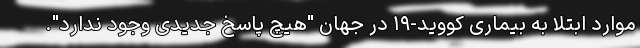
موارد ابتلا به بیماری کووید-۱۹ در جهان "هیچ پاسخ جدیدی وجود ندارد".